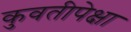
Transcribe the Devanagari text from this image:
कुवतीपेक्षा